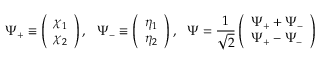
\Psi _ { + } \equiv \left( \begin{array} { c } { { \chi _ { 1 } } } \\ { { \chi _ { 2 } } } \end{array} \right) , ~ ~ \Psi _ { - } \equiv \left( \begin{array} { c } { { \eta _ { 1 } } } \\ { { \eta _ { 2 } } } \end{array} \right) , ~ ~ \Psi = \frac { 1 } { \sqrt { 2 } } \left( \begin{array} { c } { { \Psi _ { + } + \Psi _ { - } } } \\ { { \Psi _ { + } - \Psi _ { - } } } \end{array} \right)